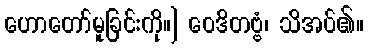
ဟောတော်မူခြင်းကို။] ဝေဒိတဗ္ဗံ၊ သိအပ်၏။